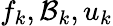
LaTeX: f_{k},\mathcal{B}_{k},u_{k}